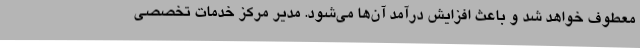
معطوف خواهد شد و باعث افزایش درآمد آن‌ها می‌شود. مدیر مرکز خدمات تخصصی